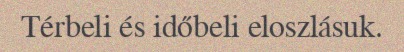
Térbeli és időbeli eloszlásuk.